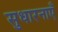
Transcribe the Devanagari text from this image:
सुधारनाएँ